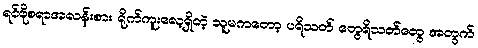
ရင်ဖိုစရာအလန်းစား ရိုက်ကူးလေ့ရှိတဲ့ သူမကတော့ ပရိသတ် တွေရိသတ်တွေ အတွက်